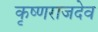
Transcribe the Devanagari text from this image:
कृष्णराजदेव